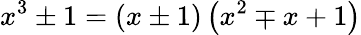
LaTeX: x^{3}\pm 1=(x\pm 1)\left(x^{2}\mp x+1\right)